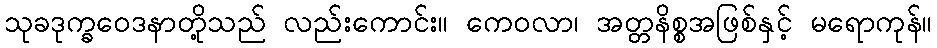
သုခဒုက္ခဝေဒနာတို့သည် လည်းကောင်း။ ကေဝလာ၊ အတ္တနိစ္စအဖြစ်နှင့် မရောကုန်။